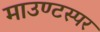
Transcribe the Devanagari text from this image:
माउण्टस्पर